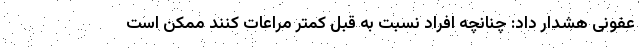
عفونی هشدار داد: چنانچه افراد نسبت به قبل کمتر مراعات کنند ممکن است